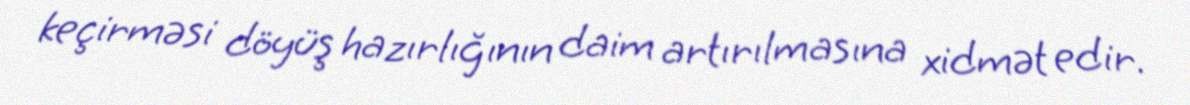
keçirməsi döyüş hazırlığının daim artırılmasına xidmət edir.